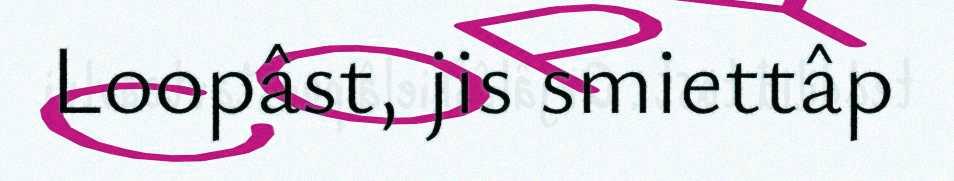
Loopâst, jis smiettâp